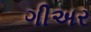
ગીઅર